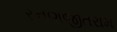
રનણજીતરામ